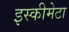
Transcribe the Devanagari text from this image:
इस्कीमेटा